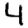
Digit: 4